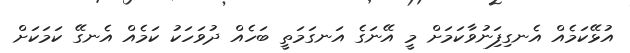
އުޅޭކަމެއް އެނގިފަިނުވާކަމަށް މީ އޭނަގެ އަނގަމަތީ ބަހެއް ދުވަހަކު ކަމެއް އެނގޭ ކަމަކަށް